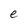
Character: e